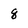
Character: g